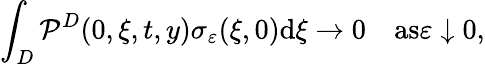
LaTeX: \int_{D}\mathcal{P}^{D}(0,\xi,t,y)\sigma_{\varepsilon}(\xi,0)\textrm{{d}}\xi\to0\quad\textrm{{as}}\varepsilon\downarrow0,